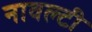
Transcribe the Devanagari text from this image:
नावल्‍टी